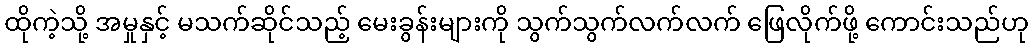
ထိုကဲ့သို့ အမှုနှင့် မသက်ဆိုင်သည့် မေးခွန်းများကို သွက်သွက်လက်လက် ဖြေလိုက်ဖို့ ကောင်းသည်ဟု